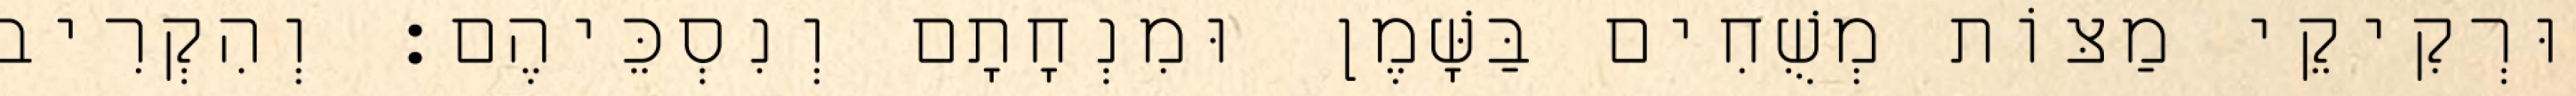
וּרְקִיקֵי מַצּוֹת מְשֻׁחִים בַּשָּׁמֶן וּמִנְחָתָם וְנִסְכֵּיהֶם׃ וְהִקְרִיב